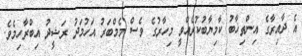
އެ ދާއިރާގެ އިންތިޚާބު ކާމިޔާބުކުރެއްވީ މިހާރުގެ ވެސް މެމްބަރު އަހުމަދު ރަޝީދު އިބްރާހިމެވެ.